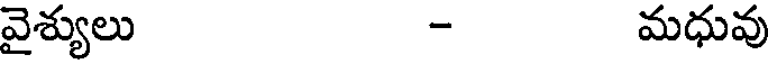
వైశ్యులు - మధువు